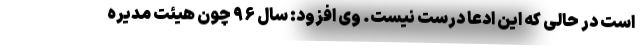
است در حالی که این ادعا درست نیست. وی افزود: سال ۹۶ چون هیئت مدیره